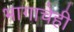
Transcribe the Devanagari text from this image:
भागाचेही